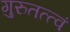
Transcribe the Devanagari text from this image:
गुरुतत्त्वं